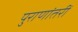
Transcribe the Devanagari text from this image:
पुराणांतरीं